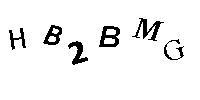
HB2BMG